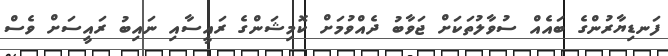
ފަނޑިޔާރުންގެ ބައެއް ސުވާލުތަކަށް ޖަވާބު ދެއްވުމަށް ކޮމިޝަންގެ ރައީސާއި ނައިބު ރައީސަށް ވެސް